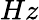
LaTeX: Hz